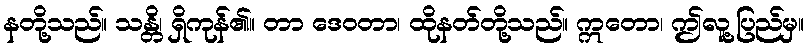
နတို့သည်။ သန္တိ၊ ရှိကုန်၏။ တာ ဒေဝတာ၊ ထိုနတ်တို့သည်။ ဣတော၊ ဤလူ့ပြည်မှ။